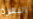
البقرة